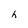
Character: h